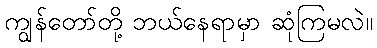
ကျွန်တော်တို့ ဘယ်နေရာမှာ ဆုံကြမလဲ။